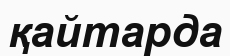
қайтарда